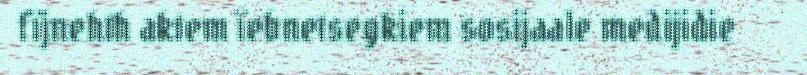
fïjnehth aktem ïebnetsegkiem sosijaale medijidie